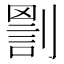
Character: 𠟑